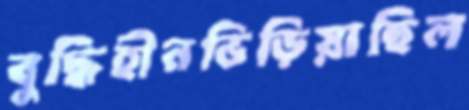
বুদ্ধিহীনভিড়িয়াছিল